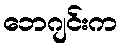
ဘေဂျင်းက